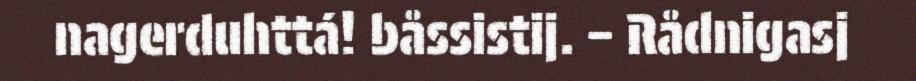
nagerduhttá! båssistij. – Rådnigasj